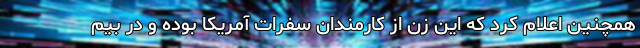
همچنین اعلام کرد که این زن از کارمندان سفرات آمریکا بوده و در بیم